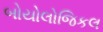
બોયોલોજિકલ